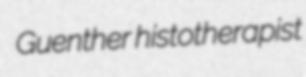
Guenther histotherapist